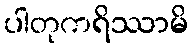
ပါတုကရိဿာမိ